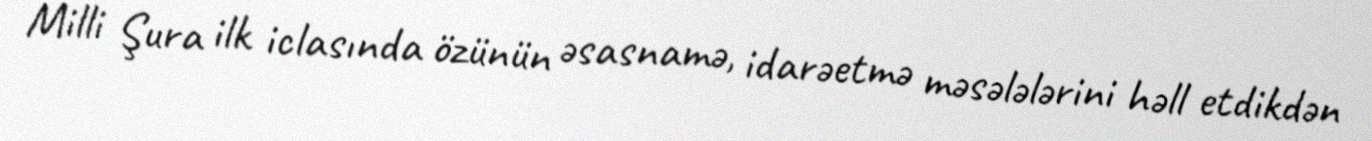
Milli Şura ilk iclasında özünün əsasnamə, idarəetmə məsələlərini həll etdikdən